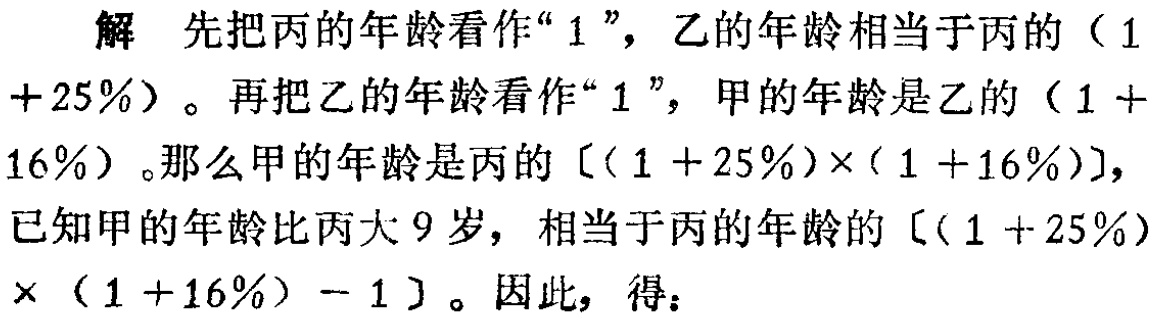
解 先把丙的年龄看作“$1$”，乙的年龄相当于丙的（$1$

$+25\%$）。再把乙的年龄看作“$1$”，甲的年龄是乙的（$1 +$

$16\%$）。那么甲的年龄是丙的$[(1 + 25\%)\times(1 + 16\%)]$，

已知甲的年龄比丙大$9$岁，相当于丙的年龄的$[(1 + 25\%)$

$\times(1 + 16\%) - 1]$。因此，得：